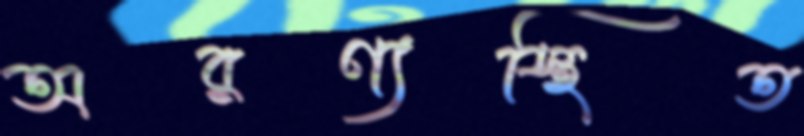
অরণ্যস্থিত